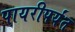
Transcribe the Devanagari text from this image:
पायरीपर्यंत